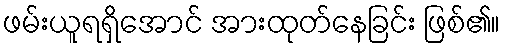
ဖမ်းယူရရှိအောင် အားထုတ်နေခြင်း ဖြစ်၏။